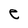
Character: e